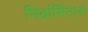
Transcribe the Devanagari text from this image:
निर्वासितांनी